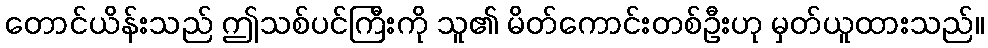
တောင်ယိန်းသည် ဤသစ်ပင်ကြီးကို သူ၏ မိတ်ကောင်းတစ်ဦးဟု မှတ်ယူထားသည်။